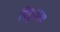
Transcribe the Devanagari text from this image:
पितृकल्प